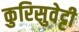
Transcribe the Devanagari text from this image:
कुरिसुवेट्टी